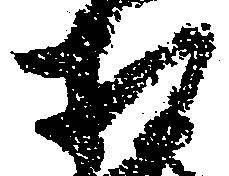
相